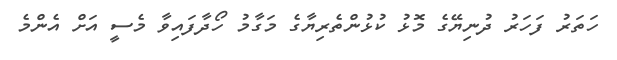
ހަތަރު ފަހަރު ދުނިޔޭގެ މޮޅު ކުޅުންތެރިޔާގެ މަގާމު ހޯދާފައިވާ މެސީ އަށް އެންމެ